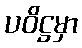
ပဝိဋ္ဌမှာ